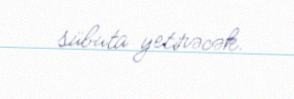
sübuta yetirəcək.